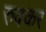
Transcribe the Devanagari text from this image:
रुक्कर